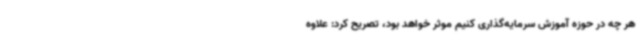
هر چه در حوزه آموزش سرمایه‌گذاری کنیم موثر خواهد بود، تصریح کرد: علاوه